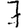
Digit: 7